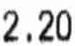
2.20